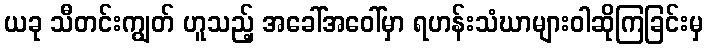
ယခု သီတင်းကျွတ် ဟူသည့် အခေါ်အဝေါ်မှာ ရဟန်းသံဃာများဝါဆိုကြခြင်းမှ